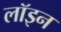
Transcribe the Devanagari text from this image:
लॉइन